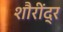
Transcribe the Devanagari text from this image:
शौरींद्र